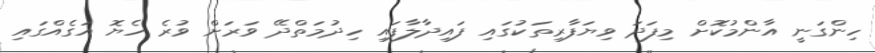
ހިންގަނީ އާންމުކޮށް މިފަދަ ވިޔަފާރިތަކުގައި ފައިދާލާފައި ހިދުމަތްދޭ ވަަރަށް ވުރެ ހެޔޮ އަގެއްގައި